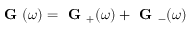
\textbf { G } ( \omega ) = \textbf { G } _ { + } ( \omega ) + \textbf { G } _ { - } ( \omega )